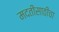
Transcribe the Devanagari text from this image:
मदतीसाठीचा